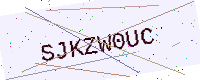
Text: SJKZW0UC